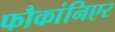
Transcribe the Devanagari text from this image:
फौकांनिएर